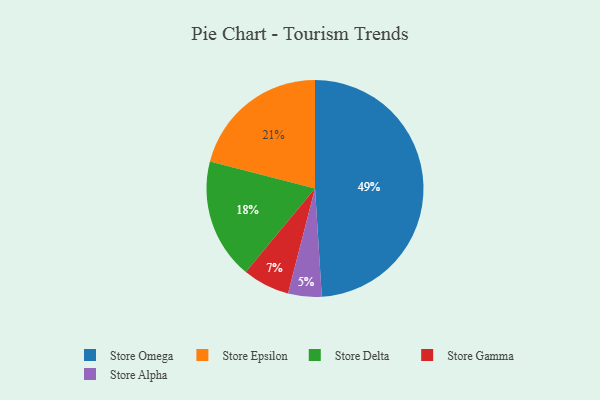
{"axis": {"x": "Category", "y": "Percentage"}, "legend": ["Store Alpha", "Store Delta", "Store Epsilon", "Store Gamma", "Store Omega"], "data": [{"x": "Store Epsilon", "y": 21, "type": "Store Epsilon"}, {"x": "Store Omega", "y": 49, "type": "Store Omega"}, {"x": "Store Delta", "y": 18, "type": "Store Delta"}, {"x": "Store Alpha", "y": 5, "type": "Store Alpha"}, {"x": "Store Gamma", "y": 7, "type": "Store Gamma"}]}